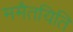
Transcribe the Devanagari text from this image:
ममैतयिति